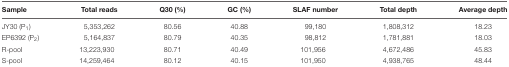
<table><thead><tr><td><b>Sample</b></td><td><b>Total reads</b></td><td><b>Q30 (%)</b></td><td><b>GC (%)</b></td><td><b>SLAF number</b></td><td><b>Total depth</b></td><td><b>Average depth</b></td></tr></thead><tbody><tr><td>JY30 (P<sub>1</sub>)</td><td>5,353,262</td><td>80.56</td><td>40.88</td><td>99,180</td><td>1,808,312</td><td>18.23</td></tr><tr><td>EP6392 (P<sub>2</sub>)</td><td>5,164,837</td><td>80.79</td><td>40.35</td><td>98,812</td><td>1,781,881</td><td>18.03</td></tr><tr><td>R-pool</td><td>13,223,930</td><td>80.71</td><td>40.49</td><td>101,956</td><td>4,672,486</td><td>45.83</td></tr><tr><td>S-pool</td><td>14,259,464</td><td>80.12</td><td>40.15</td><td>101,950</td><td>4,938,765</td><td>48.44</td></tr></tbody></table>